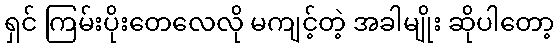
ရှင် ကြမ်းပိုးတေလေလို မကျင့်တဲ့ အခါမျိုး ဆိုပါတော့